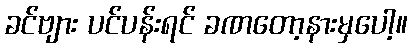
ခင်ဗျား ပင်ပန်းရင် ခဏတော့နားမှပေါ့။